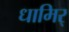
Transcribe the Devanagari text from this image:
धामिर्